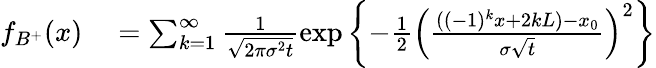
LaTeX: \begin{array}{rl}{f_{B^{+}}(x)}&{{}=\sum_{k=1}^{\infty}\frac{1}{\sqrt{2\pi\sigma^{2}t}}\exp\left\lbrace-\frac{1}{2}\left(\frac{((-1)^{k}x+2kL)-x_{0}}{\sigma\sqrt{t}}\right)^{2}\right\rbrace}\end{array}